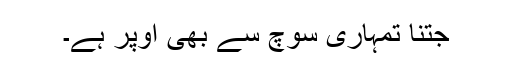
جتنا تمہاری سوچ سے بھی اوپر ہے۔